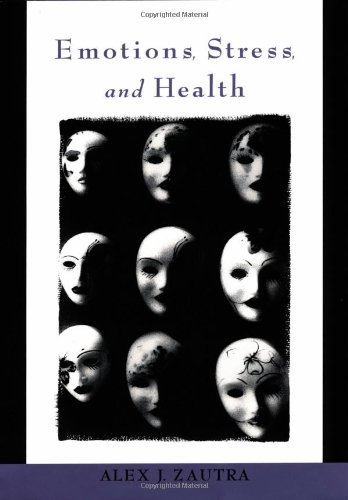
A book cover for Emotions, Stress, and Health; Alex J. Zautra; Health, Fitness & Dieting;